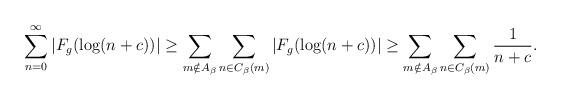
LaTeX: \begin{gather*}\sum_{n=0}^{\infty} |F_g(\log(n+c))|\geq \sum_{m \notin A_\beta} \sum_{n \in C_\beta(m)} |F_g(\log(n+c))|\geq \sum_{m \notin A_\beta} \sum_{n \in C_\beta(m)} \frac{1}{n+c}. \end{gather*}